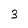
Character: 3